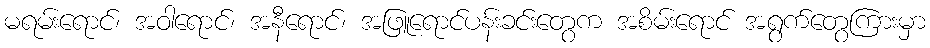
မရမ်းရောင်၊ အဝါရောင်၊ အနီရောင်၊ အဖြူရောင်ပန်းခင်းတွေက အစိမ်းရောင် အရွက်တွေကြားမှာ